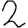
Digit: 2